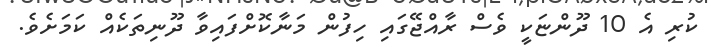
ކުރި އެ 10 ދޫންޏަކީ ވެސް ރާއްޖޭގައި ހިފުން މަނާކޮށްފައިވާ ދޫނިތަކެއް ކަމަށެވެ.